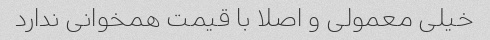
خیلی معمولی و اصلا با قیمت همخوانی ندارد